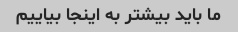
ما باید بیشتر به اینجا بیاییم